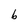
Character: b